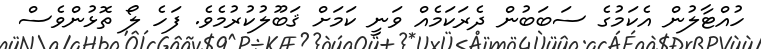
ހުއްޓާލުން އެކަމުގެ ސަބަބުން ދެރަކަމެއް ވަނީ ކަމަށް ޤަބޫލުކުރުމެވެ. ފަހެ ލޯ ތޮޅުންވެސް